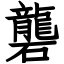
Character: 礱